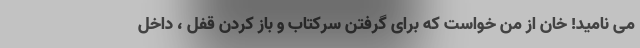
می نامید! خان از من خواست که برای گرفتن سرکتاب و باز کردن قفل ، داخل